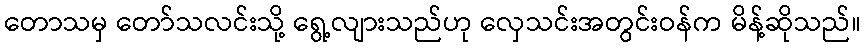
တောသမှ တော်သလင်းသို့ ရွေ့လျားသည်ဟု လှေသင်းအတွင်းဝန်က မိန့်ဆိုသည်။